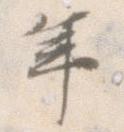
年